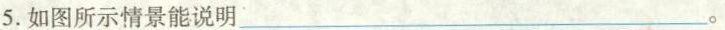
5.如图所示情景能说明___。